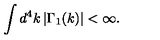
\int d ^ { 4 } k \left| \Gamma _ { 1 } ( k ) \right| < \infty .